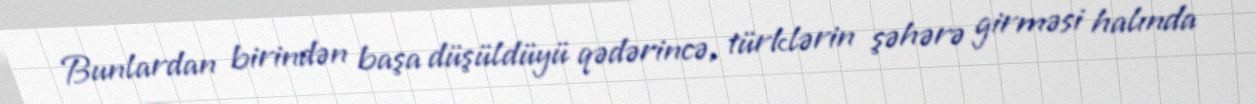
Bunlardan birindən başa düşüldüyü qədərincə, türklərin şəhərə girməsi halında